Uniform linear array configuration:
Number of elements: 24
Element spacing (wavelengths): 0.25
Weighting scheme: hamming
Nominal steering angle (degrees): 60
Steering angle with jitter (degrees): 59.638
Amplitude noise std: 0.05
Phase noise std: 0.05

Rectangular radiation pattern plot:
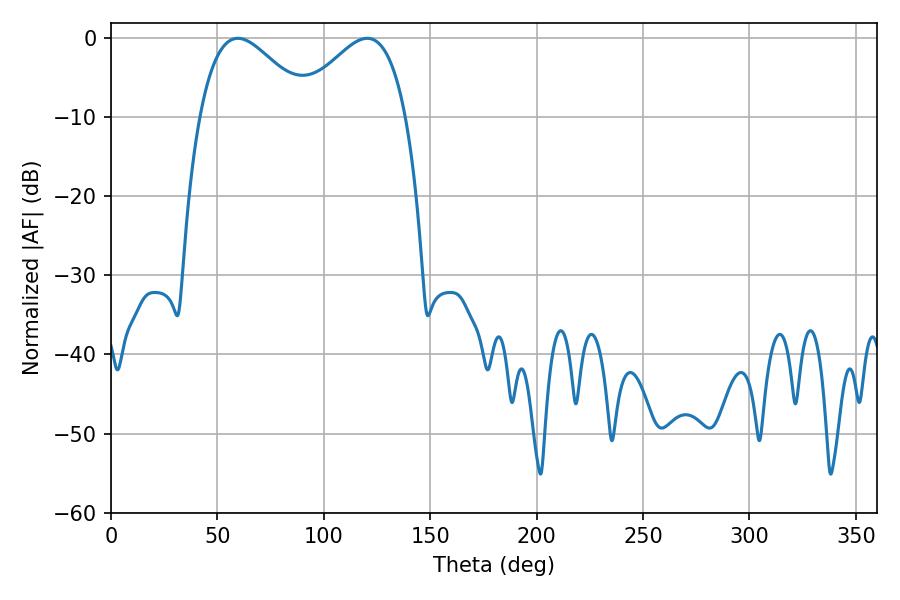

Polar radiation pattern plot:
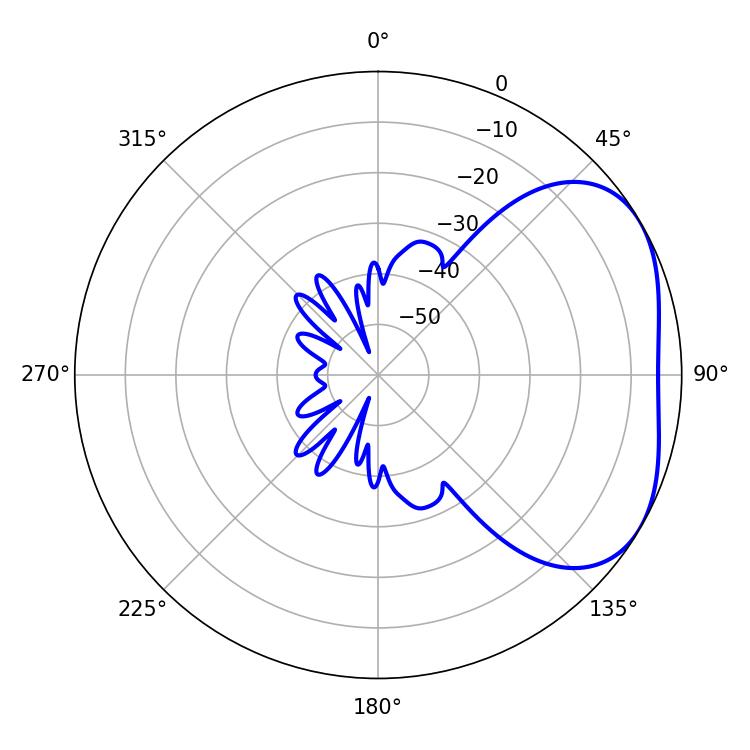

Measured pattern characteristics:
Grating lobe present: FALSE
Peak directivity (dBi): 3.389
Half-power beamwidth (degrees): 27.9
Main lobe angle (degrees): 59.58